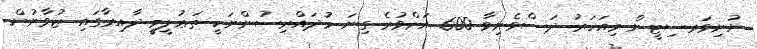
ޔުނިވަރސިޓީން މިއަހަރު ދަސްވެނިވާ 600 އަށްވުރެ ގިނަ މުދައްރިސުންނަކީ ތަޢުލީމީ ދާއިރާގައި ޒުވާނުން